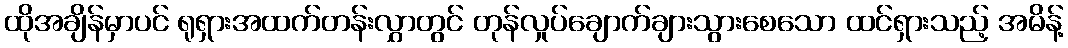
ထိုအချိန်မှာပင် ရုရှားအထက်တန်းလွှာတွင် တုန်လှုပ်ချောက်ချားသွားစေသော ထင်ရှားသည့် အမိန့်